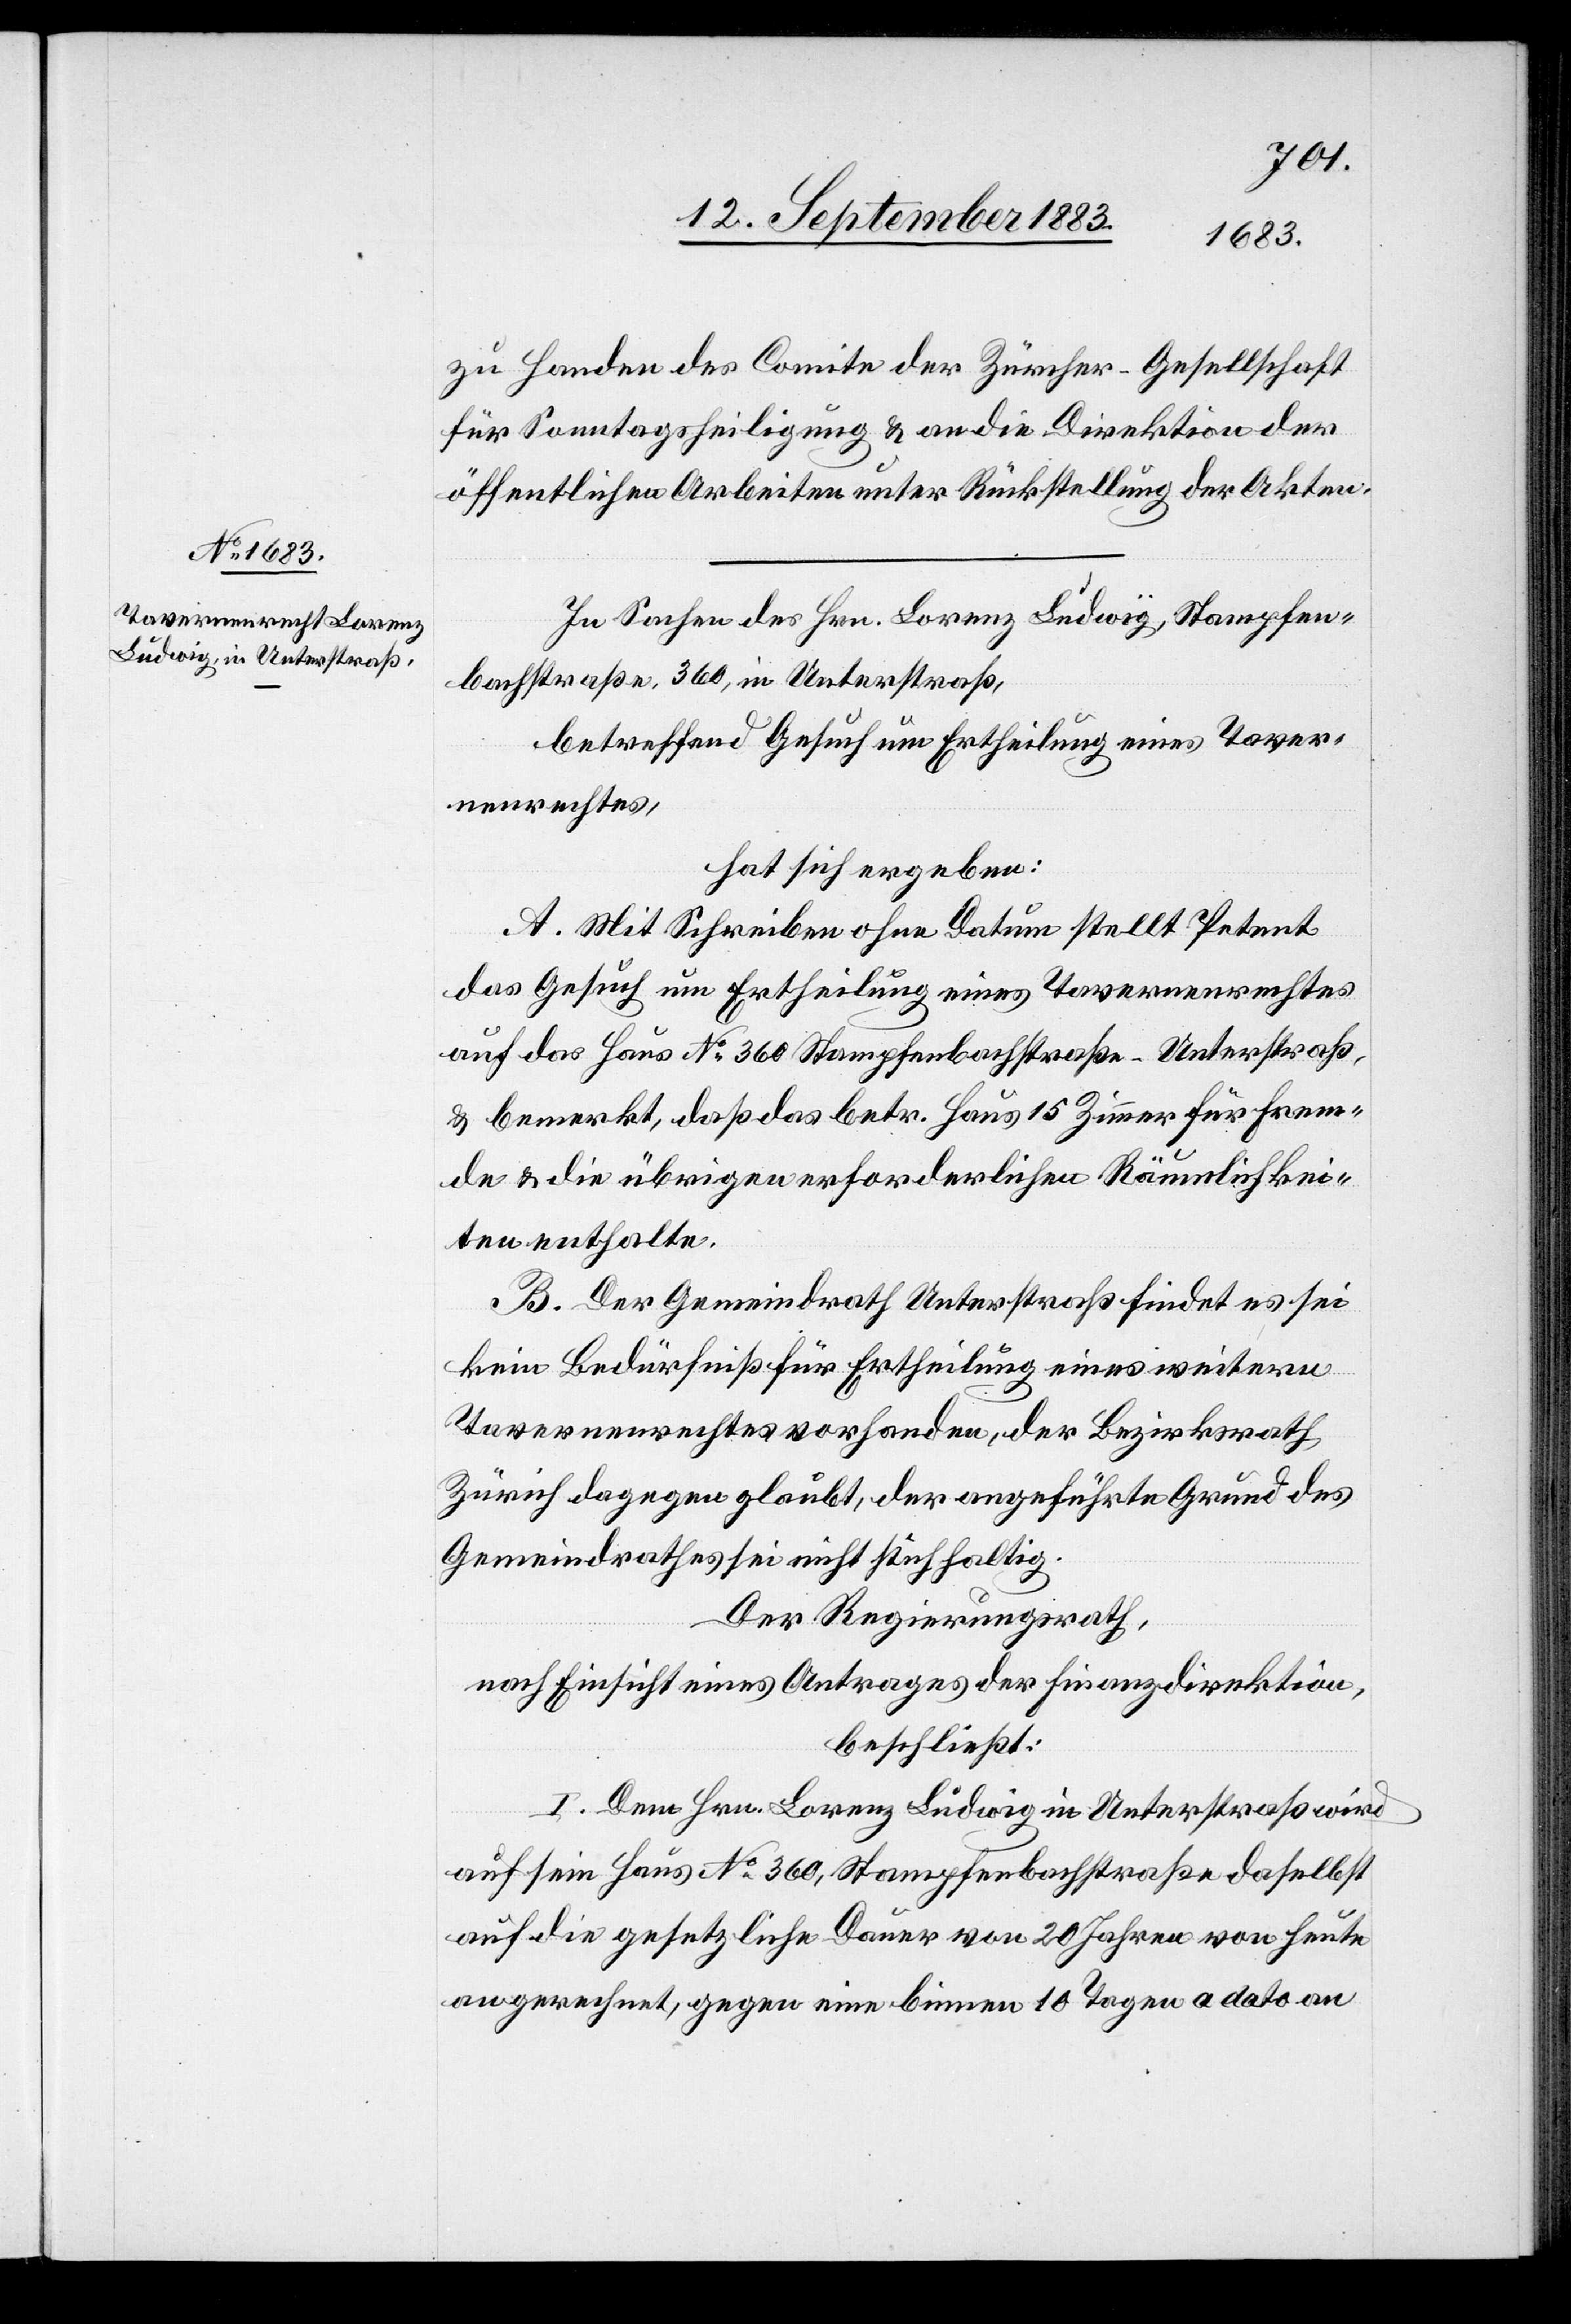
zu Handen des Comite der Zürcher-Gesellschaft
für Sonntagsheiligung & an die Direktion der
öffentlichen Arbeiten unter Rückstellung der Akten.
In Sachen des Hrn. Lorenz Ludwig, Stampfen¬
bachstraße 360, in Unterstraß,
betreffend Gesuch um Ertheilung eines Taver¬
nenrechtes,
hat sich ergeben:
A. Mit Schreiben ohne Datum stellt Petent
das Gesuch um Ertheilung eines Tavernenrechtes
auf das Haus No 26 Strampfenbachstraße - Unterstraß,
& bemerkt, daß das betr. Haus 15 Zimmer für Frem¬
de & die übrigen erforderlichen Räumlichkei¬
ten enthalte.
B. Der Gemeindrath Unterstraß findet es sei
kein Bedürfniß für Ertheilung eines weitern
Tavernenrechtes vorhanden, der Bezirksrath
Zürich dagegen glaubt, der angeführte Grund des
Gemeindrathes sei nicht stichhaltig.
Der Regierungsrath,
nach Einsicht eines Antrages der Finanzdirektion,
beschließt:
I. Dem Hrn. Lorenz Ludwig in Unterstraß wird
auf sein Haus No 360, Stampfenbachstraße daselbst
auf die gesetzliche Dauer von 20 Jahren von heute
an gerechnet, gegen eine binnen 10 Tagen a dato an